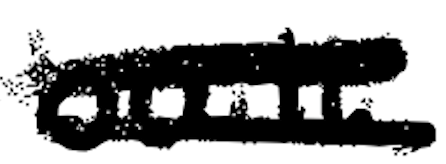
Text: built
Cross-out: double-line
Writing tool: digital_black